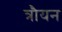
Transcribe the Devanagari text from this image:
त्रौयन